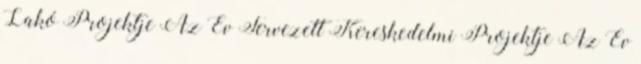
Lakó Projektje Az Év Tervezett Kereskedelmi Projektje Az Év